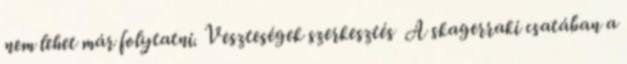
nem lehet már folytatni. Veszteségek szerkesztés A skagerraki csatában a